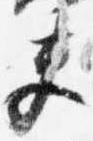
夫